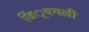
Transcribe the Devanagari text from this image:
जिं्वगली